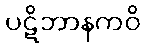
ပဋိဘာနကဝိ